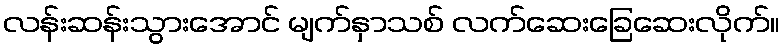
လန်းဆန်းသွားအောင် မျက်နှာသစ် လက်ဆေးခြေဆေးလိုက်။